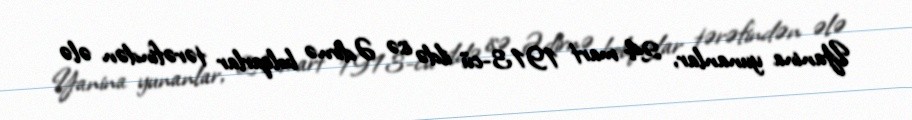
Yanina yunanlar, 24 mart 1913-cü ildə isə Ədirnə bolqarlar tərəfindən ələ